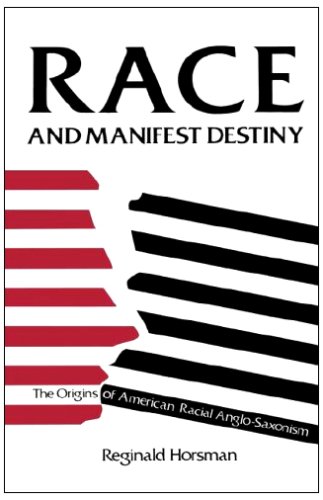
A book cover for Race and Manifest Destiny: Origins of American Racial Anglo-Saxonism; Reginald Horsman; History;